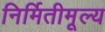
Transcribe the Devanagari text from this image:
निर्मितीमूल्य